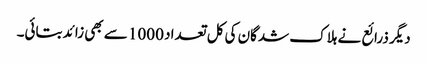
دیگر ذرائع نے ہلاک شدگان کی کل تعداد 1000 سے بھی زائد بتائی۔